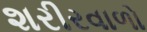
શરીરવાળો